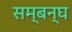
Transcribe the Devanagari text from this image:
सम्बन्घ